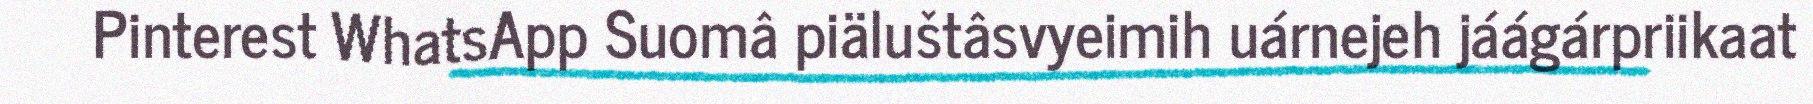
Pinterest WhatsApp Suomâ piäluštâsvyeimih uárnejeh jáágárpriikaat